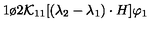
{ 1 \o { 2 { \cal K } _ { 1 1 } } } [ ( \lambda _ { 2 } - \lambda _ { 1 } ) \cdot H ] \varphi _ { 1 }